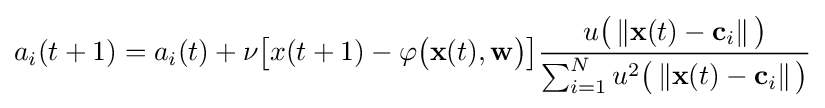
a_{i}(t+1)=a_{i}(t)+\nu {\big [}x(t+1)-\varphi {\big (}\mathbf {x} (t),\mathbf {w} {\big )}{\big ]}{\frac {u{\big (}\left\Vert \mathbf {x} (t)-\mathbf {c} _{i}\right\Vert {\big )}}{\sum _{i=1}^{N}u^{2}{\big (}\left\Vert \mathbf {x} (t)-\mathbf {c} _{i}\right\Vert {\big )}}}